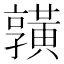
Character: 𪏆